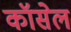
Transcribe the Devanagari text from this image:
कॉसेल